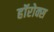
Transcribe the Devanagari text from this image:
हॉरोक्स